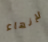
لإنهاء